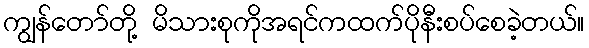
ကျွန်တော်တို့ မိသားစုကိုအရင်ကထက်ပိုနီးစပ်စေခဲ့တယ်။